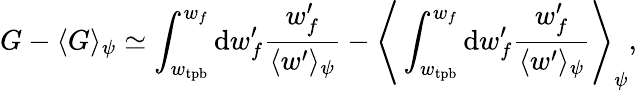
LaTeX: G-\langle G\rangle_{\psi}\simeq\int_{w_{\mathrm{tpb}}}^{w_{f}}\mathrm{d}w_{f}^{\prime}\frac{w_{f}^{\prime}}{\langle w^{\prime}\rangle_{\psi}}-\Bigg\langle\int_{w_{\mathrm{tpb}}}^{w_{f}}\mathrm{d}w_{f}^{\prime}\frac{w_{f}^{\prime}}{\langle w^{\prime}\rangle_{\psi}}\Bigg\rangle_{\psi},